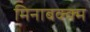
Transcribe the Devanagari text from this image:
मिनाबक्क्म